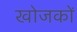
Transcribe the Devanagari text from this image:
खोजकों